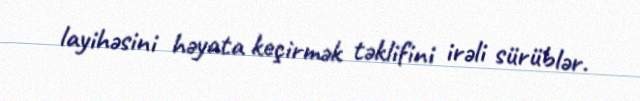
layihəsini həyata keçirmək təklifini irəli sürüblər.